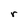
Character: r